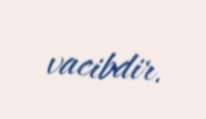
vacibdir.